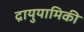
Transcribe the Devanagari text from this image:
द्रायुयामिकी